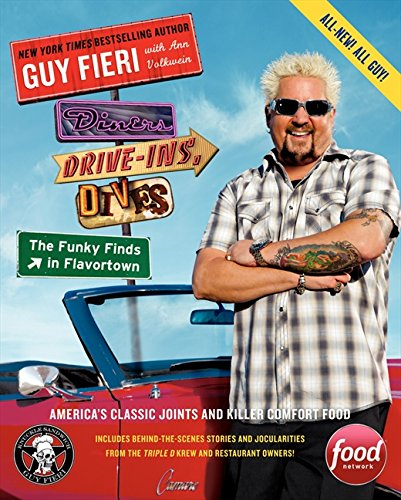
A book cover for Diners, Drive-Ins, and Dives: The Funky Finds in Flavortown: America's Classic Joints and Killer Comfort Food; Guy Fieri; Travel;